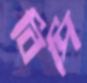
বিপি